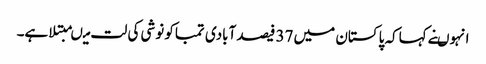
انہوںنے کہاکہ پاکستان میں 37 فیصد آبادی تمباکو نوشی کی لت میںمبتلا ہے۔